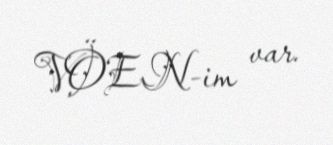
VÖEN-im var.